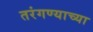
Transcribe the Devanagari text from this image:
तरंगण्याच्या